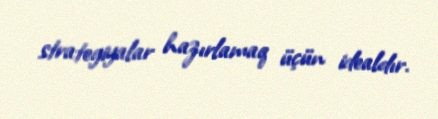
strategiyalar hazırlamaq üçün idealdır.